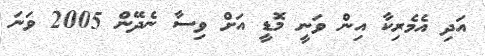
އަދި އެމެރިކާ އިން ވަނީ މޮޑީ އަށް ވިސާ ނެދޭން 2005 ވަނަ